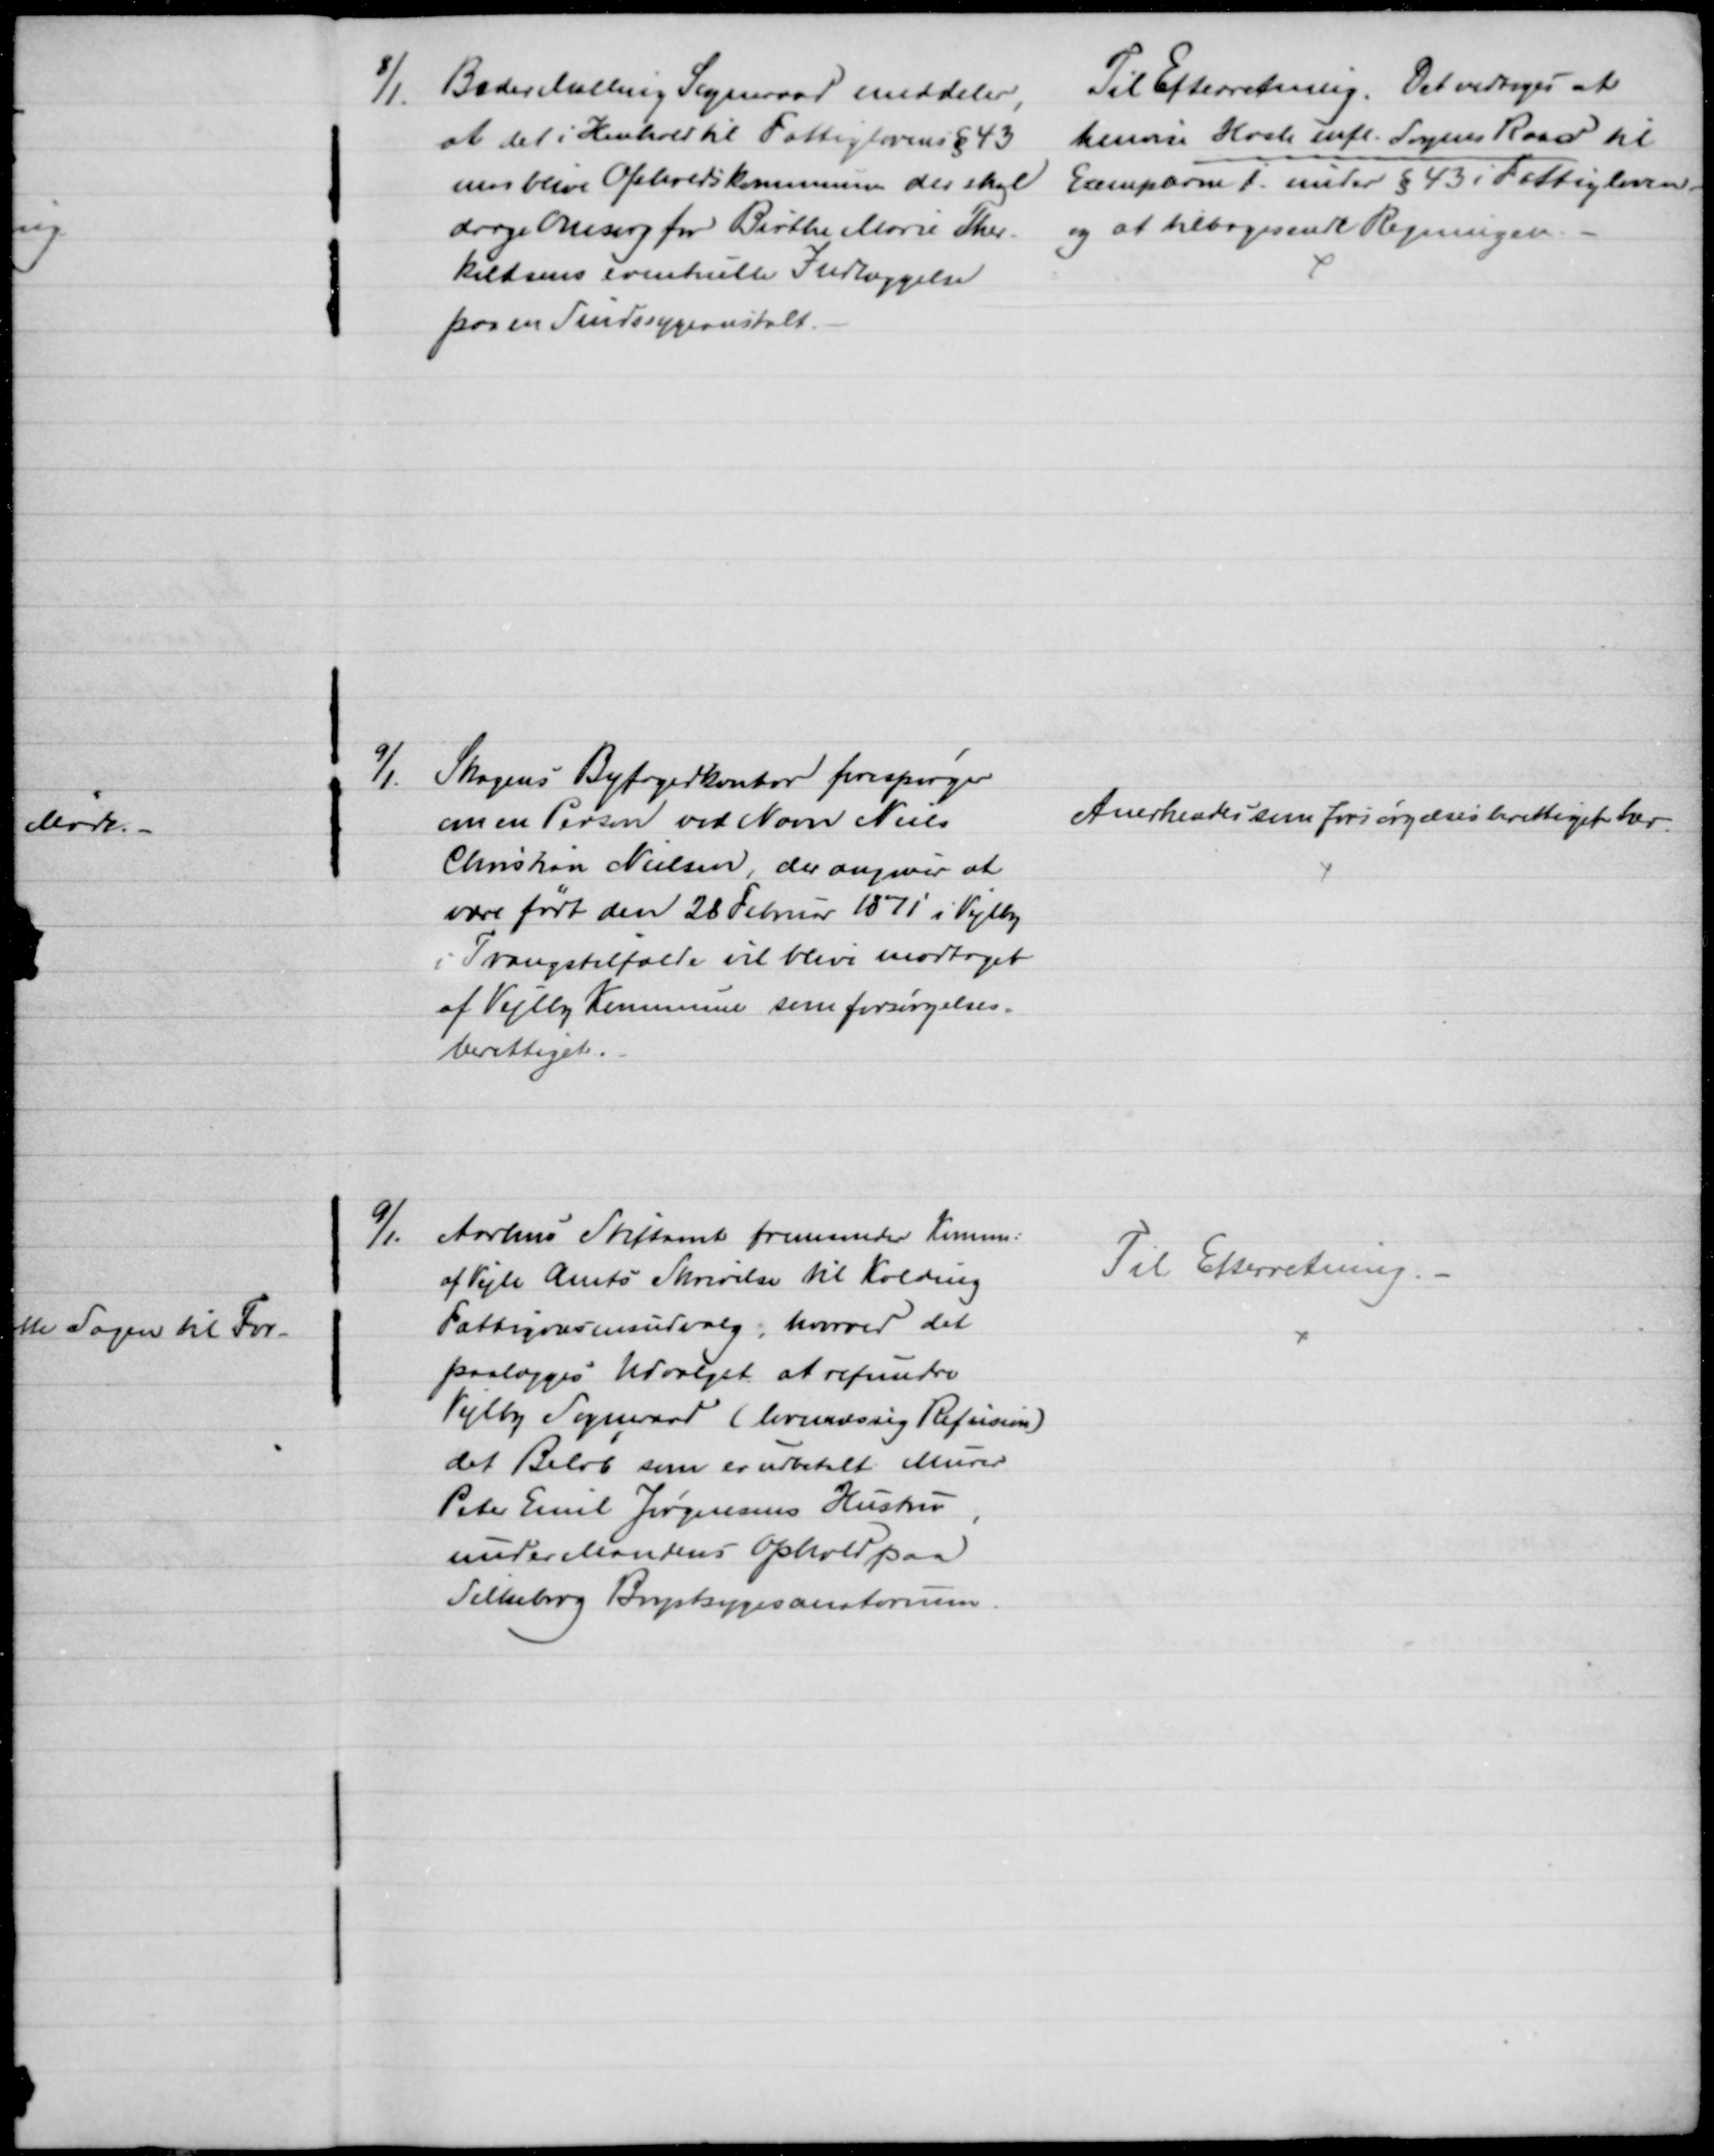
Transskription:
8/1 Beder Malling Sogneraad meddeler,
at det i Henhold til Fattiglovens § 43
maa blive Opholdskommune der skal
drage Omsorg for Birthe Marie Ther-
keldsens eventuelle Indlæggelse
paa en Sindssygeanstalt.
Til Efterretning. Det vedtoges at
henvise Hasle mfl. Sagens Raad til 
Exemplerne j. under § 43 i Fattigloven
og at tilbagesende Regningen.
9/1
Skagens Byfogedkontor forespørger
om en Person ved Navn Niels
Christian Nielsen, der angiver at
være født den 28 Februar 1871 i Vejlby
i Tvangstilfælde vil blive modtaget 
af Vejlby Kommune som forsørgelses-
berettiget.
Anerkendes som forsørgelsesberettiget her
9/1.
Aarhus Stiftamt fremsender Komme:
af Vejle Amts Skrivelse til Kolding
Fattigvæsensudvalg, hvorved det
paalægges Udvalget at refundre
Vejlby Sogneraad (lovmæssig Refusion)
det Beløb som er udbetalt Murer
Peter Emil Jørgensens Hustru
under Mandens Ophold paa
Silkeborg Brystsygesanatorium
Til Efterretning.